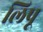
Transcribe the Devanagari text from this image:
लिपू